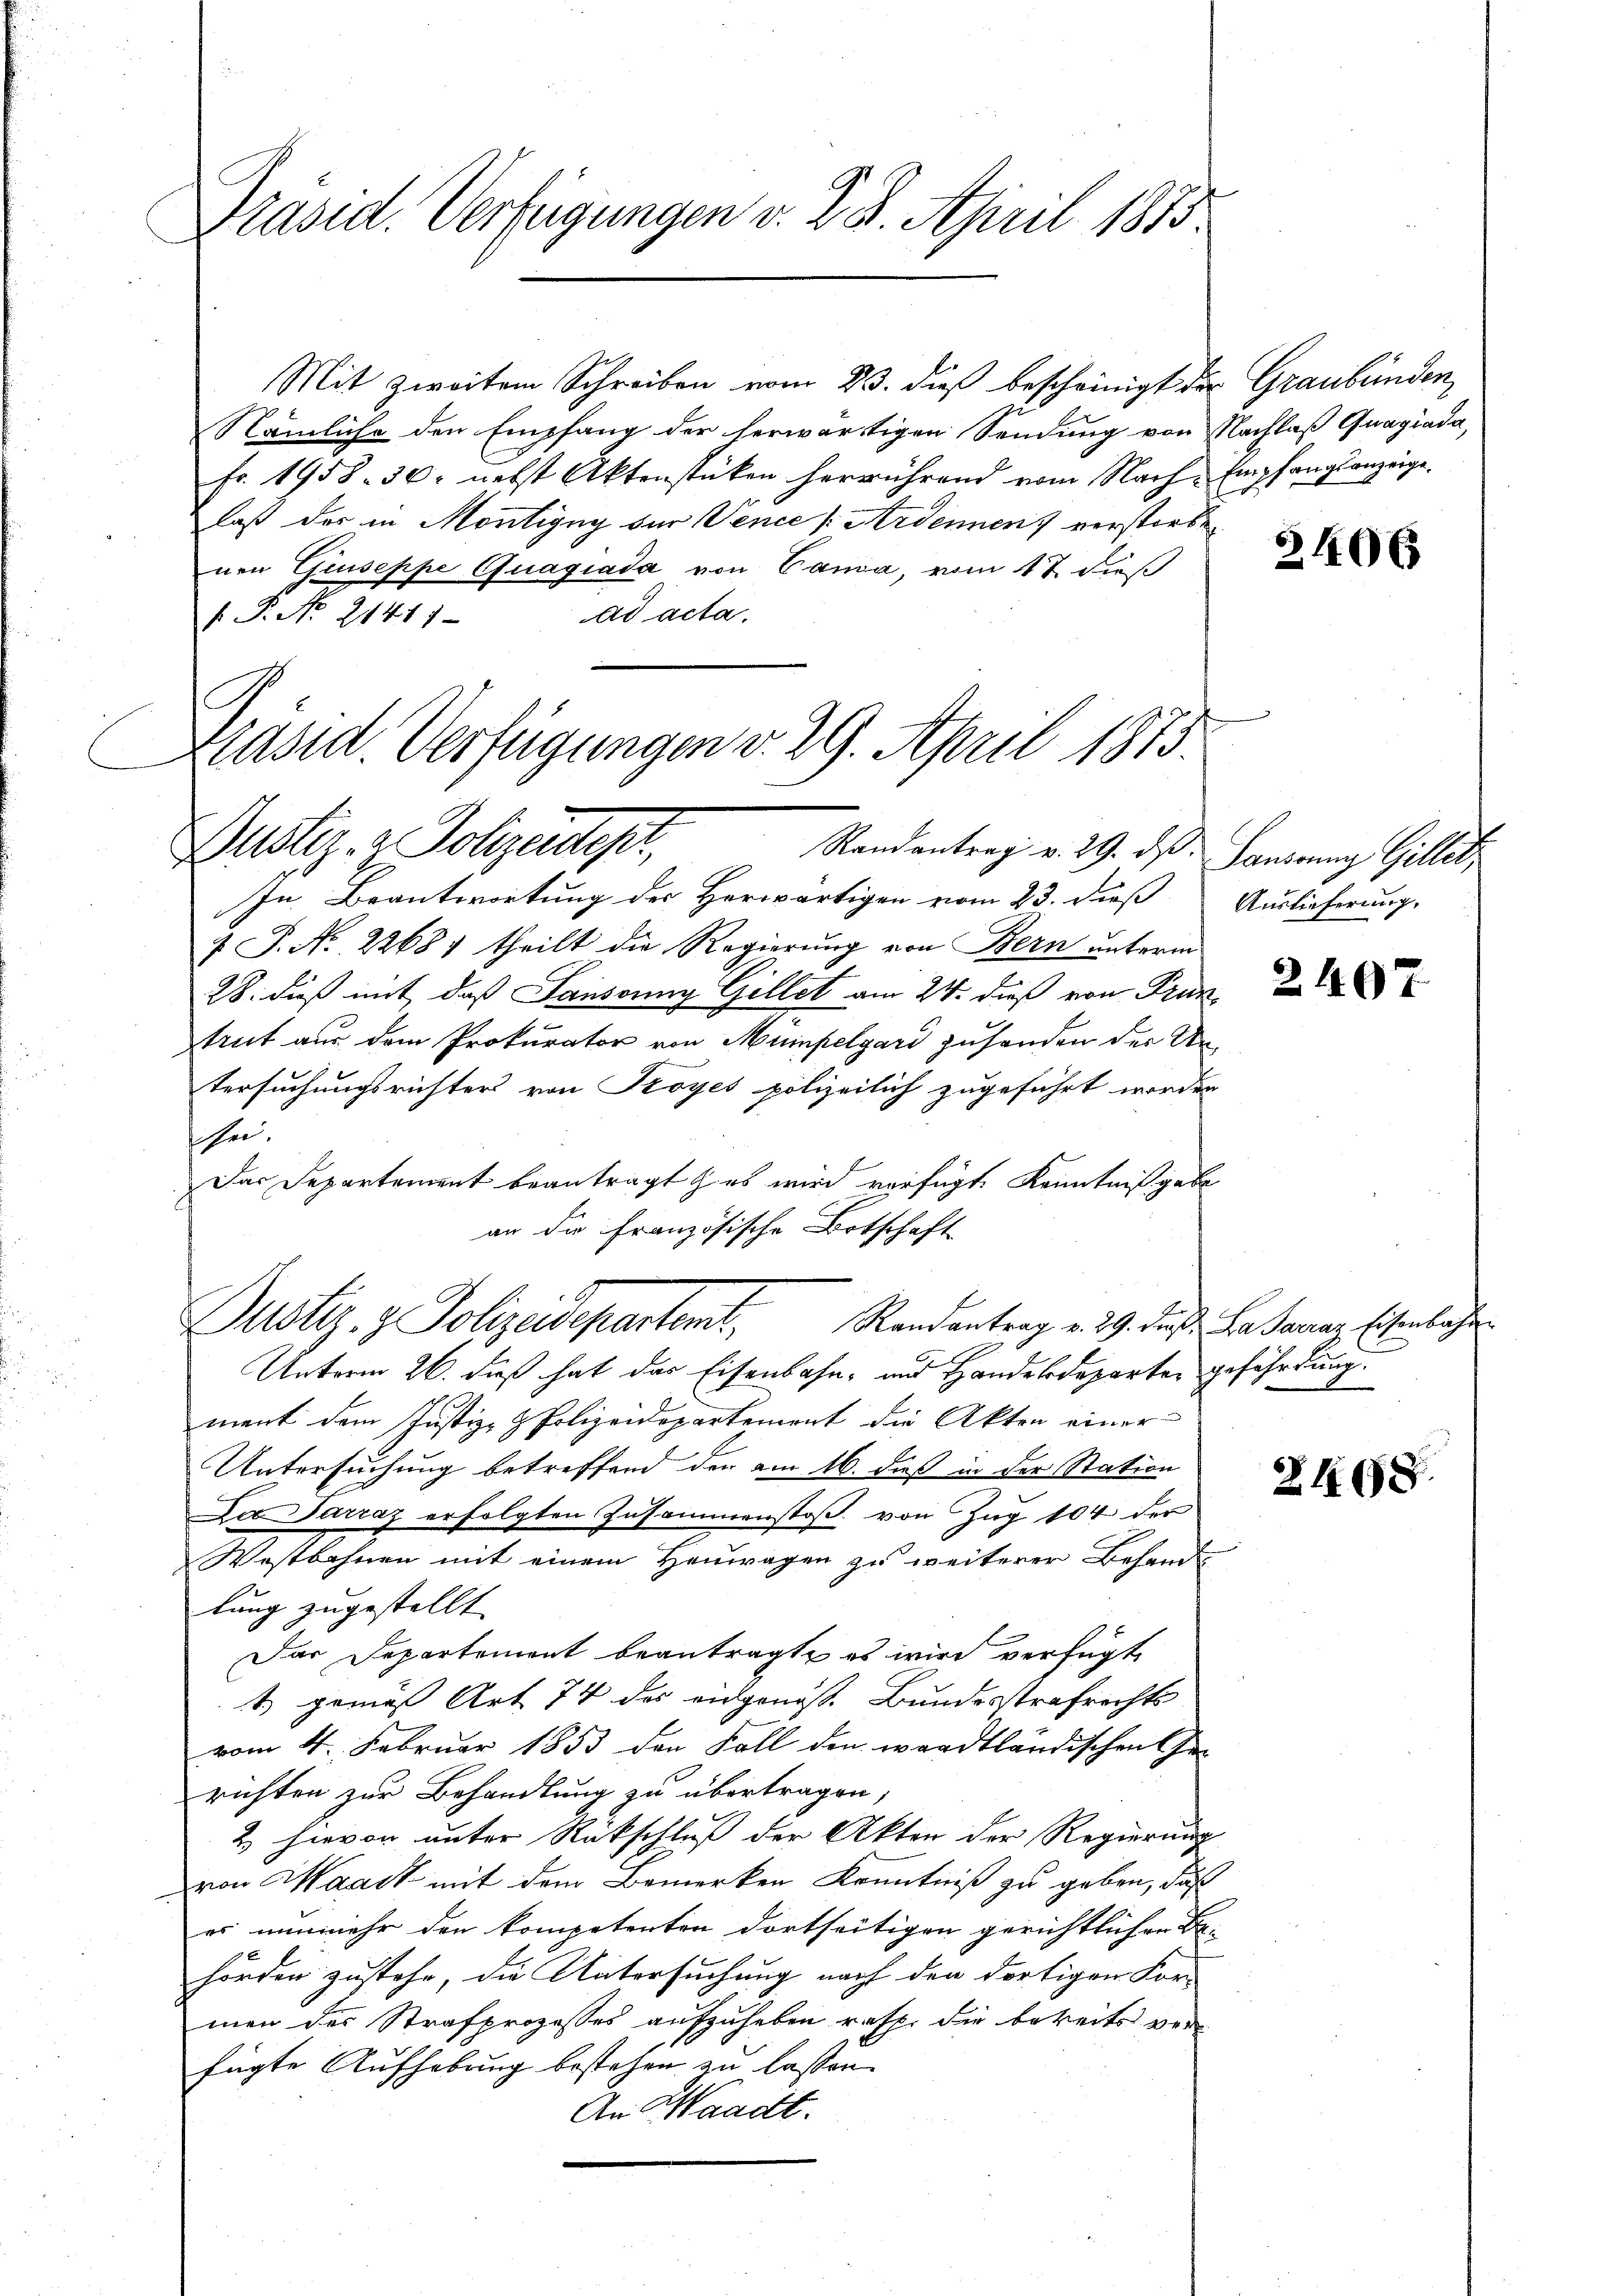
Präsid. Verfügungen v. 28. April 1873

Dustiz- & Polizeides,
Randantrag v. 29. ds.

Mit zweiten Schreiben vom 23. dieß bescheinigt der Graubünden,
Nämliche den Empfang der herwärtigen Sendung von Nachlaß Guagiada,
Fr. 1958. 30. nebst Aktenstücken herrührend vom Nach-Empfangsanzeige.
laß der in Montigny der Vence [Ardennen, verstorbe
nen Giuseppe Quagiada von Cana, vom 17. dieß
ad acta.
1. P. No. 21411.
Kasid. Verfügungen v. 29. April 1873.

In Beantwortung des Herwärtigen vom 23. dieß
 P. Nr. 22681 theilt die Regierung von Bern unterm
28. dieß mit, daß Saussung Gillet am 24. dieß von Trun
trut aus dem Prokurator von Mumpelgard zuhanden der Un
tersuchungsrichters von Troyés polizeilich zugeführt worden
hei.
Das Departement beantragt es wird verfügt, Kenntniß gebe
an die Französische Botschaft
Unterm 26. dieß hat das Eisenbahn- und Handeldeparten gefährdung.
ment dem Justiz- & Polizeidepartement die Akten einer
Untersuchung betreffend der am 16. daß in der Station
Da Tarzaz erfolgten Zusammenstoβ von Zŭg 104 der
Westbahnen mit einem Heuwagen zu weiterer Besandt
lung zugestellt
Das Departement beantragt, es wird verfügt
1) gemäss Art 74 des eidgenoss. Bundesstrafrechts
vom 4. Februar 1853 den Fall den wardtländischen Ge-
richten zur Behandlung zu übertragen,
2 hievon unter Rückschluß der Akten der Regierung
von Waadt mit dem Bemerken Kenntniß zu geben, daß
es nunmehr den kompetenten dortseitigen gerichtlichen Be-
hörden zustehe, die Untersuchung nach den dortigen For-
men des Strafprozesses aufzuheben resp. die bereits ver
fügte Aufhebung bestehen zu lassen.
An Waadt.

Justiz- & Polizeidepartemt, Randantrag v. 29. das Gasanaz, Etenbache

3406

Lanirung Gillet,
Auslieferung.

2407

2468